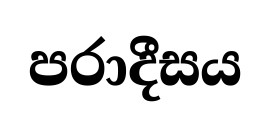
පරාදීසය